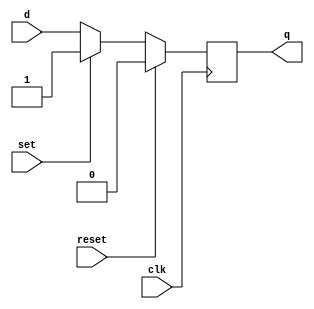
module D_ST(q, d, clk, reset, set);//synchronizer trigger
	output q;
	reg q;
	input d,clk,reset,set;
	
	always@(posedge clk)
		begin
			if(reset == 1)
					q <= 0;
			else if(set == 1)
					q <= 1;
			else  
					q <= d;
					
		end
endmodule